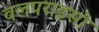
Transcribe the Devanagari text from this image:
वलपराइसो